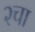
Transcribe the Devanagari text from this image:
२चा